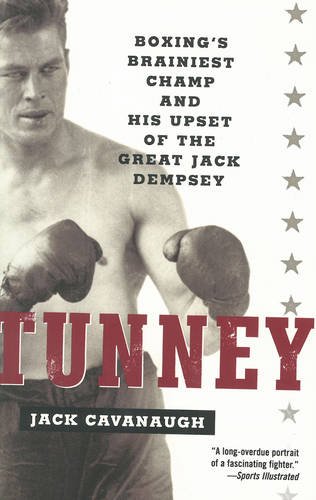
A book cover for Tunney: Boxing's Brainiest Champ and His Upset of the Great Jack Dempsey; Jack Cavanaugh; Sports & Outdoors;